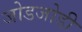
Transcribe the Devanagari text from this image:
जोडजोडी